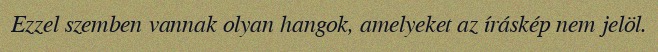
Ezzel szemben vannak olyan hangok, amelyeket az íráskép nem jelöl.